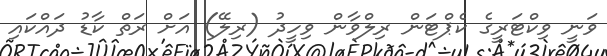
ވަނީ ވިކްޓަރީގެ ކެޕްޓަން ރިލްވާން ވިހީދު (ރިލޭ) އަށް ރަތް ކާޑު ދައްކައި